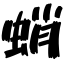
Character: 蛸